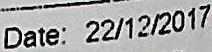
DATE: 22/12/2017